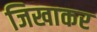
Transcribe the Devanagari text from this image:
जिखाकर